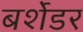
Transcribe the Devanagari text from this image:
बर्शेडर